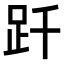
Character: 𧿐